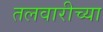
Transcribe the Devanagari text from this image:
तलवारीच्‍या